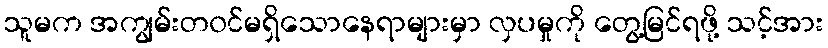
သူမက အကျွမ်းတ၀င်မရှိသောနေရာများမှာ လှပမှုကို တွေ့မြင်ရဖို့ သင့်အား